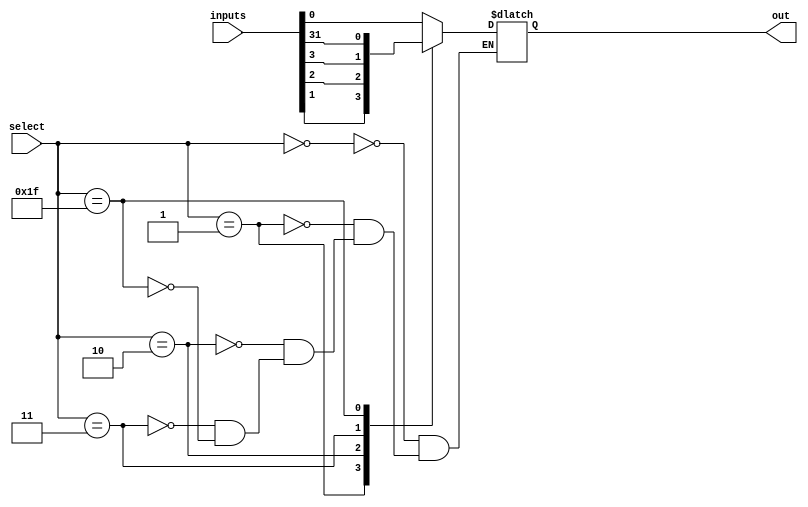
module mux_32to1 (
    input [31:0] inputs,
    input [4:0] select,
    output reg out
);

always @ (select)
begin
    case (select)
        5'd0: out = inputs[0];
        5'd1: out = inputs[1];
        5'd2: out = inputs[2];
        5'd3: out = inputs[3];
        //Continue for all input signals
        5'd31: out = inputs[31];
    endcase
end

endmodule